Lunatic asylums United Provinces 1899-1908 - 1899-1908
Year: 1899
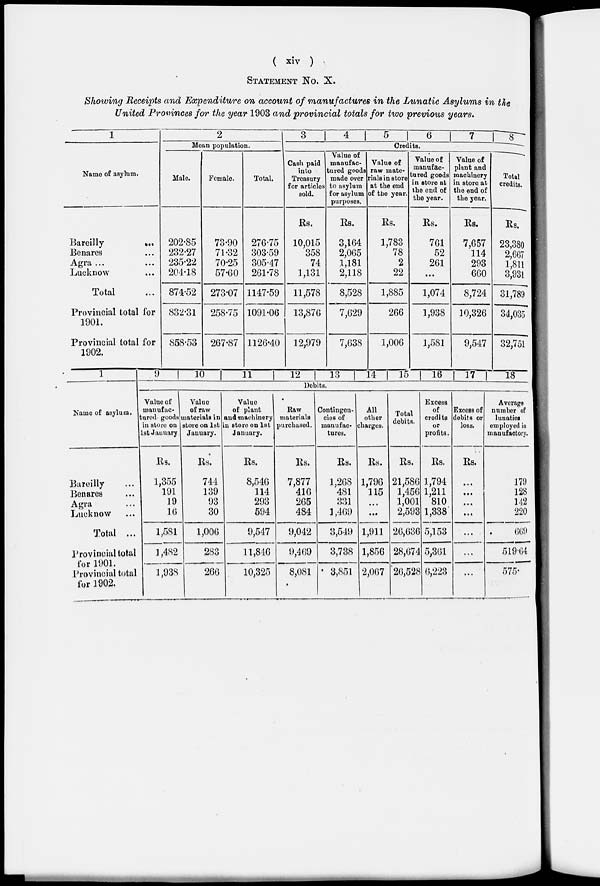
( xiv )
STATEMENT NO. X.
Showing Receipts and Expenditure on account of manufactures in the Lunatic Asylums in the
United Provinces for the year 1903 and provincial totals for two previous years.
1
Name of asylum.
Bareilly ...
Benares ...
Agra ... ...
Lucknow ...
Total ...
Provincial total for
1901.
Provincial total for
1902.
2
Mean population.
Male.
202.85
232.27
235.22
204.18
874.52
832.31
858.53
Female.
73.90
71.32
70.25
57.60
273.07
258.75
267.87
Total.
276.75
303.59
305.47
261.78
1147.59
1091.06
1126.40
3
4
5
6
7
8
Credits
Cash paid
into
Treasury
for articles
sold.
Rs.
10,015
358
74
1,131
11,578
13,876
12,979
Value of
manufac-
tured goods
made over
to asylum
for asylum
purposes.
Rs.
3,164
2,065
1,181
2,118
8,528
7,629
7,638
Value of
raw mate-
rials in store
at the end
of the year.
Rs.
1,783
78
2
22
1,885
266
1,006
Value of
manufac-
tured goods
in store at
the end of
the year.
Rs.
761
52
261
...
1,074
1,938
1,581
Value of
plant and
machinery
in store at
the end of
the year.
Rs.
7,657
114
293
660
8,724
10,326
9,547
Total
credits.
Rs.
23,380
2,667
1,811
3,931
31,789
34,035
32,751
1
Name of asylum.
Bareilly ...
Benares ...
Agra ...
Lucknow ...
Total ...
Provincial total
for 1901.
Provincial total
for 1902.
9
10
11
12
13
14
15
16
17
18
Debits.
Value of
manufac-
tured goods
in store on
1st January.
Rs.
1,355
191
19
16
1,581
1,482
1,938
Value
of raw
materials in
store on lst
January.
Rs.
744
139
93
30
1,006
283
266
Value
of plant
and machinery
in store on lst
January.
Rs.
8,546
114
293
594
9,547
11,846
10,325
Raw
materials
purchased.
Rs.
7,877
416
265
484
9,042
9,469
8,081
Contingen-
cies of
manufac-
tures.
Rs.
1,268
481
331
1,469
3,549
3,738
3,851
All
other
charges.
Rs.
1,796
115
...
...
1,911
1,856
2,067
Total
debits.
Rs.
21,586
1,456
1,001
2,593
26,636
28,674
26,528
Excess
of
credits
or
credits.
Rs.
1,794
1,211
810
1,338
5,153
5,361
6,223
Excess of
debits or
loss.
Rs.
...
...
...
...
...
...
...
Average
number of
lunatics
employed in
manufactory.
179
128
142
220
669
519.64
575